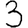
Digit: 3